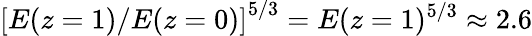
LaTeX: \left[E(z=1)/E(z=0)\right]^{5/3}=E(z=1)^{5/3}\approx 2.6